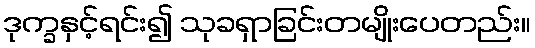
ဒုက္ခနှင့်ရင်း၍ သုခရှာခြင်းတမျိုးပေတည်း။